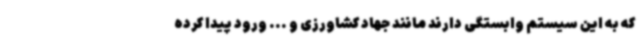
که به این سیستم وابستگی دارند مانند جهاد کشاورزی و ... ورود پیدا کرده